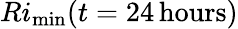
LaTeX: Ri_{\operatorname*{min}}(t=24\, \mathrm{{hours})}